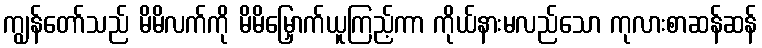
ကျွန်တော်သည် မိမိလက်ကို မိမိမြှောက်ယူကြည့်ကာ ကိုယ်နားမလည်သော ကုလားစာဆန်ဆန်